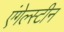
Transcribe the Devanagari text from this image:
एंगेल्स्टीन